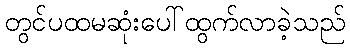
တွင်ပထမဆုံးပေါ်ထွက်လာခဲ့သည်